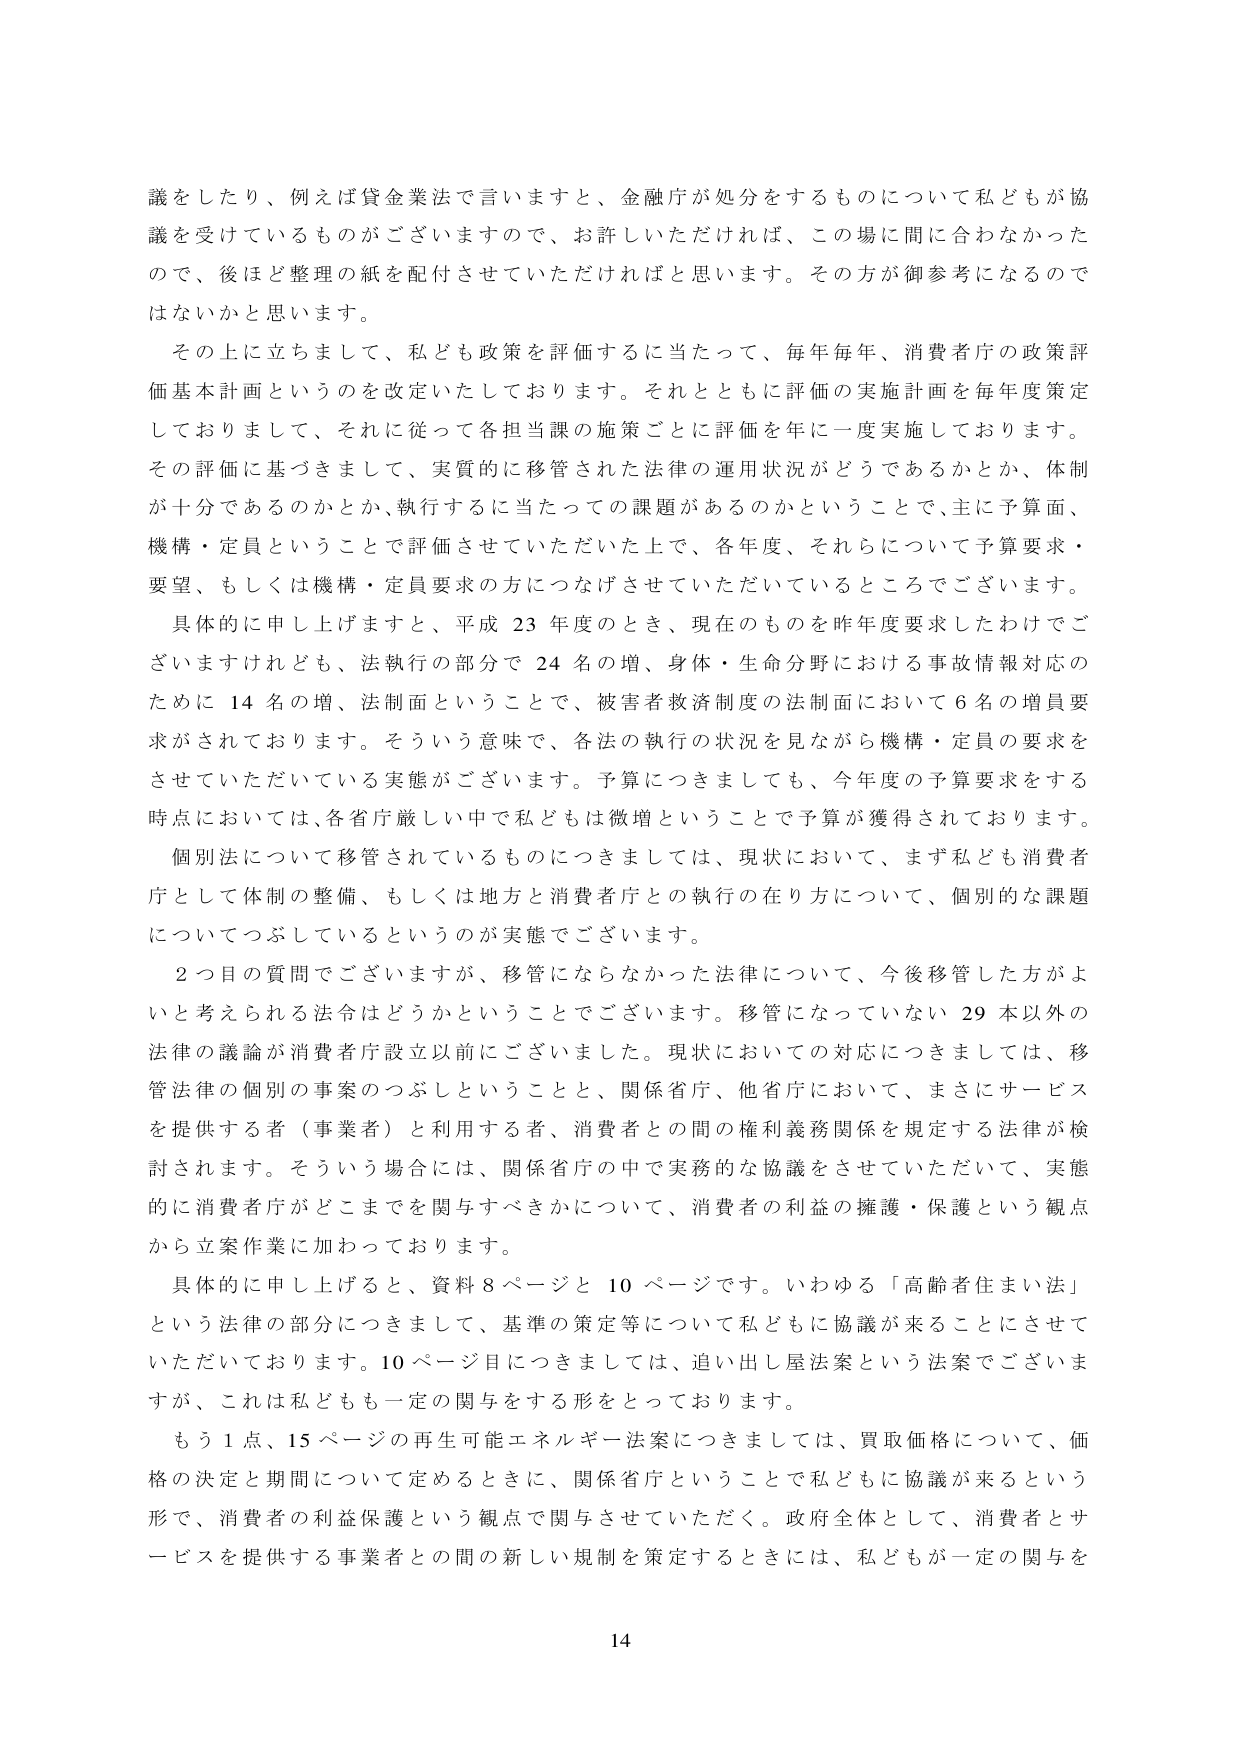
議をしたり、例えば貸金業法で言いますと、金融庁が処分をするものについて私どもが協議を受けているものがございますので、お許しいただければ、この場に間に合わなかったので、後ほど整理の紙を配付させていただければと思います。その方が御参考になるのではないかと思います。

その上に立ちまして、私ども政策を評価するに当たって、毎年毎年、消費者庁の政策評価基本計画というのを改定いたしております。それとともに評価の実施計画を毎年度策定しておりまして、それに従って各担当課の施策ごとに評価を年に一度実施しております。その評価に基づきまして、実質的に移管された法律の運用状況がどうであるかとか、体制が十分であるのかとか、執行するに当たっての課題があるのかということで、主に予算面、機構・定員ということで評価させていただいた上で、各年度、それらについて予算要求・要望、もしくは機構・定員要求の方につなげさせていただいているところでございます。

具体的に申し上げますと、平成23年度のとき、現在のものを昨年度要求したわけでございますけれども、法執行の部分で24名の増、身体・生命分野における事故情報対応のために14名の増、法制面ということで、被害者救済制度の法制面において6名の増員要求がされております。そういう意味で、各法の執行の状況を見ながら機構・定員の要求をさせていただいている実態がございます。予算につきましても、今年度の予算要求をする時点においては、各省庁厳しい中で私どもは微増ということで予算が獲得されております。

個別法について移管されているものにつきましては、現状において、まず私ども消費者庁として体制の整備、もしくは地方と消費者庁との執行の在り方について、個別的な課題についてつぶしているというのが実態でございます。

2つ目の質問でございますが、移管にならなかった法律について、今後移管した方がよいと考えられる法令はどうかということでございます。移管になっていない29本以外の法律の議論が消費者庁設立以前にございました。現状においての対応につきましては、移管法律の個別の事案のつぶしということと、関係省庁、他省庁において、まさにサービスを提供する者（事業者）と利用する者、消費者との間の権利義務関係を規定する法律が検討されます。そういう場合には、関係省庁の中で実務的な協議をさせていただいて、実態的に消費者庁がどこまでを関与すべきかについて、消費者の利益の擁護・保護という観点から立案作業に加わっております。

具体的に申し上げると、資料8ページと10ページです。いわゆる「高齢者住まい法」という法律の部分につきまして、基準の策定等について私どもに協議が来ることにさせていただいております。10ページ目につきましては、追い出し屋法案という法案でございますが、これは私どもも一定の関与をする形となっております。

もう1点、15ページの再生可能エネルギー法案につきましては、買取価格について、価格の決定と期間について定めるときに、関係省庁ということで私どもに協議が来るという形で、消費者の利益保護という観点で関与させていただく。政府全体として、消費者とサービスを提供する事業者との間の新しい規制を策定するときには、私どもが一定の関与を

14